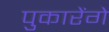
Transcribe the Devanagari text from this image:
पुकारेंगे